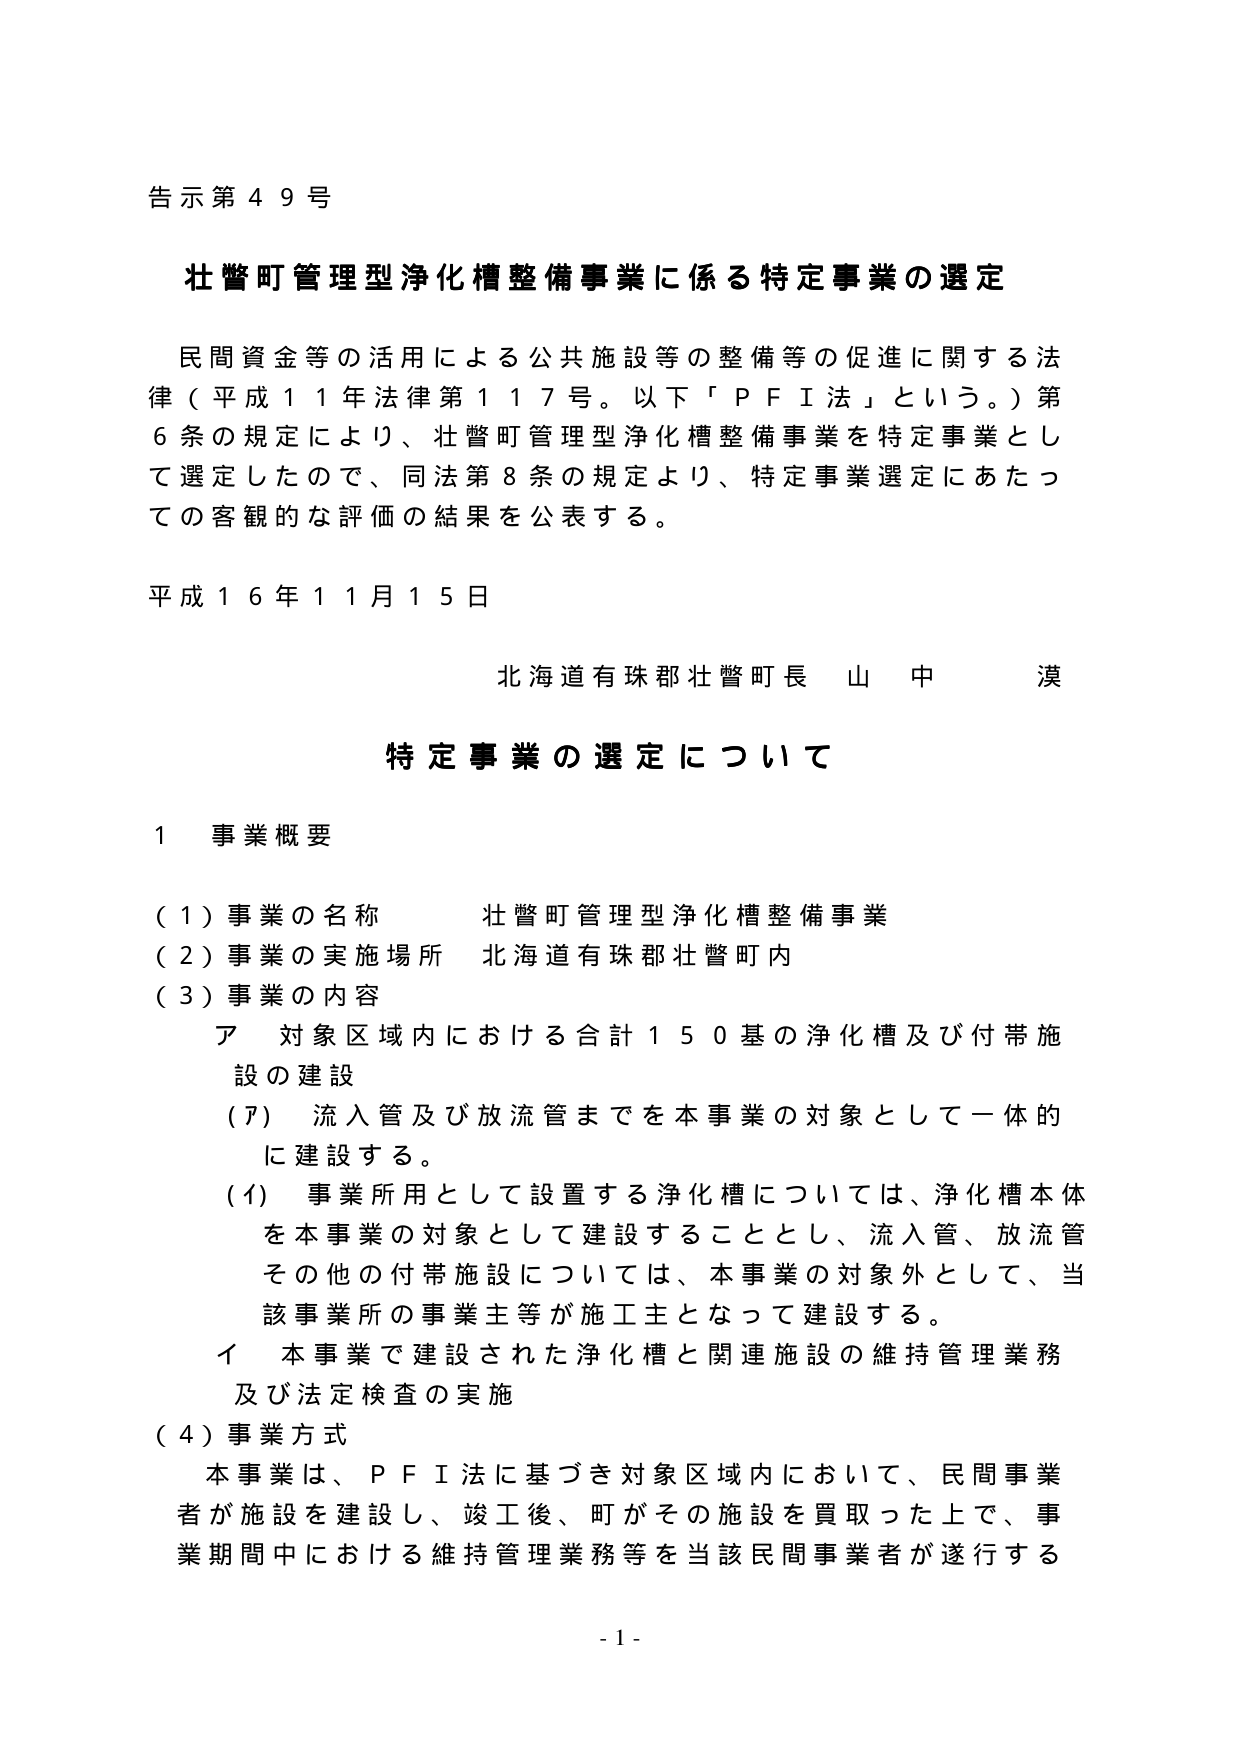
告示第４９号

壮瞥町管理型浄化槽整備事業に係る特定事業の選定

民間資金等の活用による公共施設等の整備等の促進に関する法律（平成１１年法律第１１７号。以下「ＰＦＩ法」という。）第６条の規定により、壮瞥町管理型浄化槽整備事業を特定事業として選定したので、同法第８条の規定より、特定事業選定にあたっての客観的な評価の結果を公表する。

平成１６年１１月１５日

北海道有珠郡壮瞥町長　山中　漠

特定事業の選定について

１　事業概要

（１）事業の名称　壮瞥町管理型浄化槽整備事業
（２）事業の実施場所　北海道有珠郡壮瞥町内
（３）事業の内容
　ア　対象区域内における合計１５０基の浄化槽及び付帯施設の建設
　　（ア）流入管及び放流管までを本事業の対象として一体的に建設する。
　　（イ）事業所用として設置する浄化槽については、浄化槽本体を本事業の対象として建設することとし、流入管、放流管その他の付帯施設については、本事業の対象外として、当該事業所の事業主等が施工主となって建設する。
　イ　本事業で建設された浄化槽と関連施設の維持管理業務及び法定検査の実施
（４）事業方式
　本事業は、ＰＦＩ法に基づき対象区域内において、民間事業者が施設を建設し、竣工後、町がその施設を買取った上で、事業期間中における維持管理業務等を当該民間事業者が遂行する

- 1 -